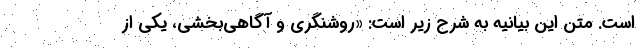
است. متن این بیانیه به شرح زیر است: «روشنگری و آگاهی‌بخشی، یکی از